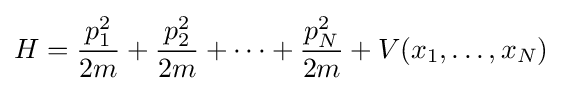
H={\frac {p_{1}^{2}}{2m}}+{\frac {p_{2}^{2}}{2m}}+\cdots +{\frac {p_{N}^{2}}{2m}}+V(x_{1},\dots ,x_{N})